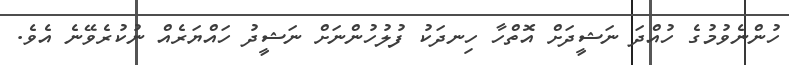
ހުންނެވުމުގެ ހުއްދަ ނަޝީދަށް އޮތްހާ ހިނދަކު ފުލުހުންނަށް ނަޝީދު ހައްޔަރެއް ނުކުރެވޭނެ އެވެ.